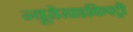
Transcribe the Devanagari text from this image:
न्यूरोसाइकिएट्री